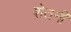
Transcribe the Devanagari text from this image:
शेतनी